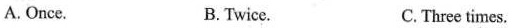
A. Once. B.Twice. C.Three times.